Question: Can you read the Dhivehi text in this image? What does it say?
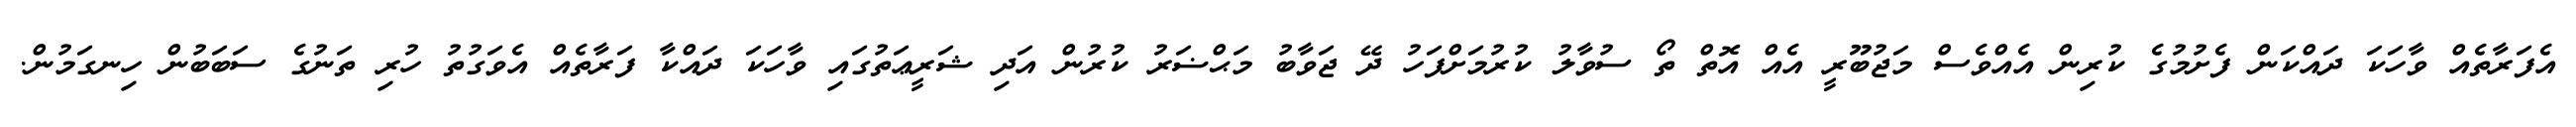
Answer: އެފަރާތެއް ވާހަކަ ދައްކަން ފެށުމުގެ ކުރިން އެއްވެސް މަޖުބޫރީ އެއް އޮތް ތޯ ސުވާލު ކުރުމަށްފަހު ދޭ ޖަވާބު މަޙްޟަރު ކުރުން އަދި ޝަރީޢަތުގައި ވާހަކަ ދައްކާ ފަރާތެއް އެވަގުތު ހުރި ތަނުގެ ސަބަބުން ހިނގަމުން.